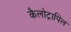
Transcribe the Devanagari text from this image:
कैलोट्रापिल